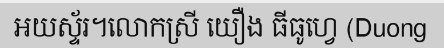
អយស្ទ័រ។លោកស្រី យឿង ធីធូហ្វេ (Duong